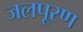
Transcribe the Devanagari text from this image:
जलपूरण